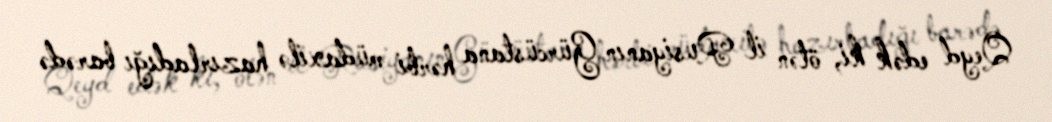
Qeyd edək ki, ötən il Rusiyanın Gürcüstana hərbi müdaxilə hazırladığı barədə